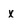
Character: x